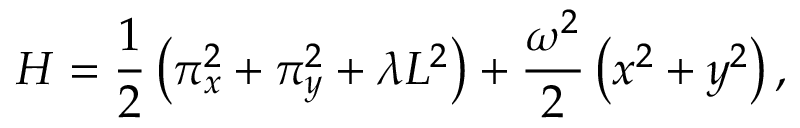
H = \frac { 1 } { 2 } \left( \pi _ { x } ^ { 2 } + \pi _ { y } ^ { 2 } + \lambda L ^ { 2 } \right) + \frac { \omega ^ { 2 } } { 2 } \left( x ^ { 2 } + y ^ { 2 } \right) ,